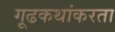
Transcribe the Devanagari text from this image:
गूढकथांकरता